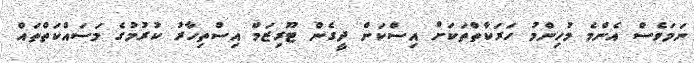
ނަމަވެސް އެންމެ މުހިންމު ހަރަކާތްތަކަށް އިސްކަން ދީގެން ޓޫރިޒަމް އިސްތިހާރު ކުރުމުގެ މަސައްކަތްތައް